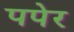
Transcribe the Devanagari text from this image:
पपेर